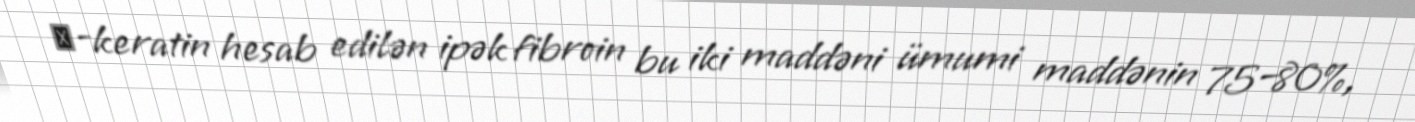
β-keratin hesab edilən ipək fibroin bu iki maddəni ümumi maddənin 75–80%,